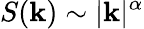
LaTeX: S(\mathbf{k})\sim|\mathbf{k}|^{\alpha}